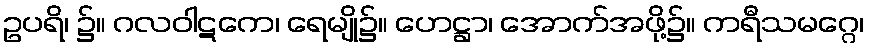
ဥပရိ၊ ၌။ ဂလဝါဋကေ၊ ရေမျို၌။ ဟေဋ္ဌာ၊ အောက်အဖို့၌။ ကရီသမဂ္ဂေ၊